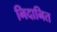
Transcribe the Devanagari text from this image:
निदानित